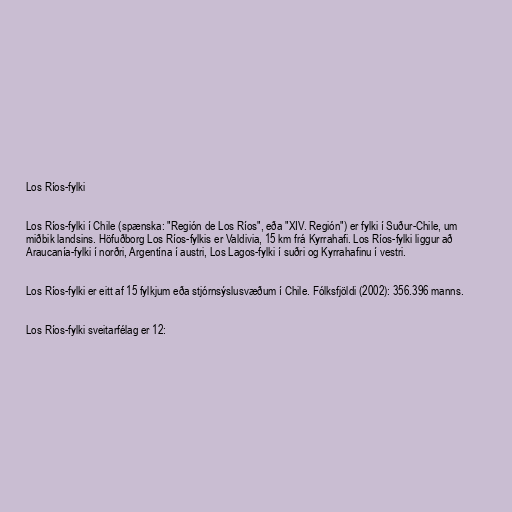
Los Ríos-fylki

Los Ríos-fylki í Chile (spænska: "Región de Los Ríos", eða "XIV. Región") er fylki í Suður-Chile, um
miðbik landsins. Höfuðborg Los Ríos-fylkis er Valdivia, 15 km frá Kyrrahafi. Los Ríos-fylki liggur að
Araucanía-fylki í norðri, Argentína í austri, Los Lagos-fylki í suðri og Kyrrahafinu í vestri.

Los Ríos-fylki er eitt af 15 fylkjum eða stjórnsýslusvæðum í Chile. Fólksfjöldi (2002): 356.396 manns.

Los Ríos-fylki sveitarfélag er 12: